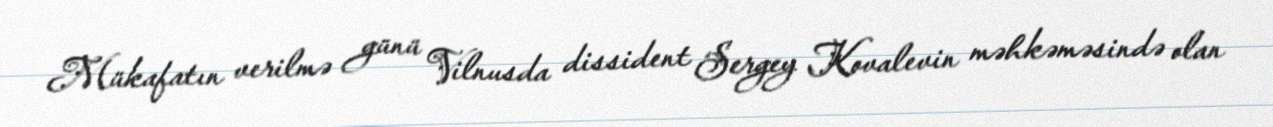
Mükafatın verilmə günü Vilnusda dissident Sergey Kovalevin məhkəməsində olan